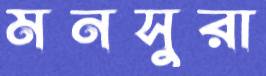
মনসুরা